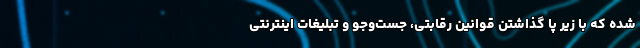
شده که با زیر پا گذاشتن قوانین رقابتی، جست‌وجو و تبلیغات اینترنتی